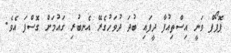
ޕޮޕޯފް ވަނީ އިސްތިއުފާ ދީފައި ބުދަ ދުވަހުގެރޭ އެނބުރި ގައުމަށް ގޮސްފަ އެވެ.